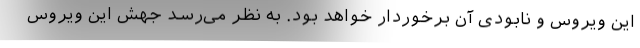
این ویروس و نابودی آن برخوردار خواهد بود. به نظر می‌رسد جهش این ویروس